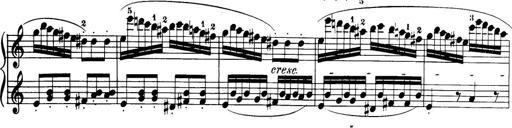
Title: 32 Sonatinas and Rondos for the Piano
Composer: Richard Kleinmichel